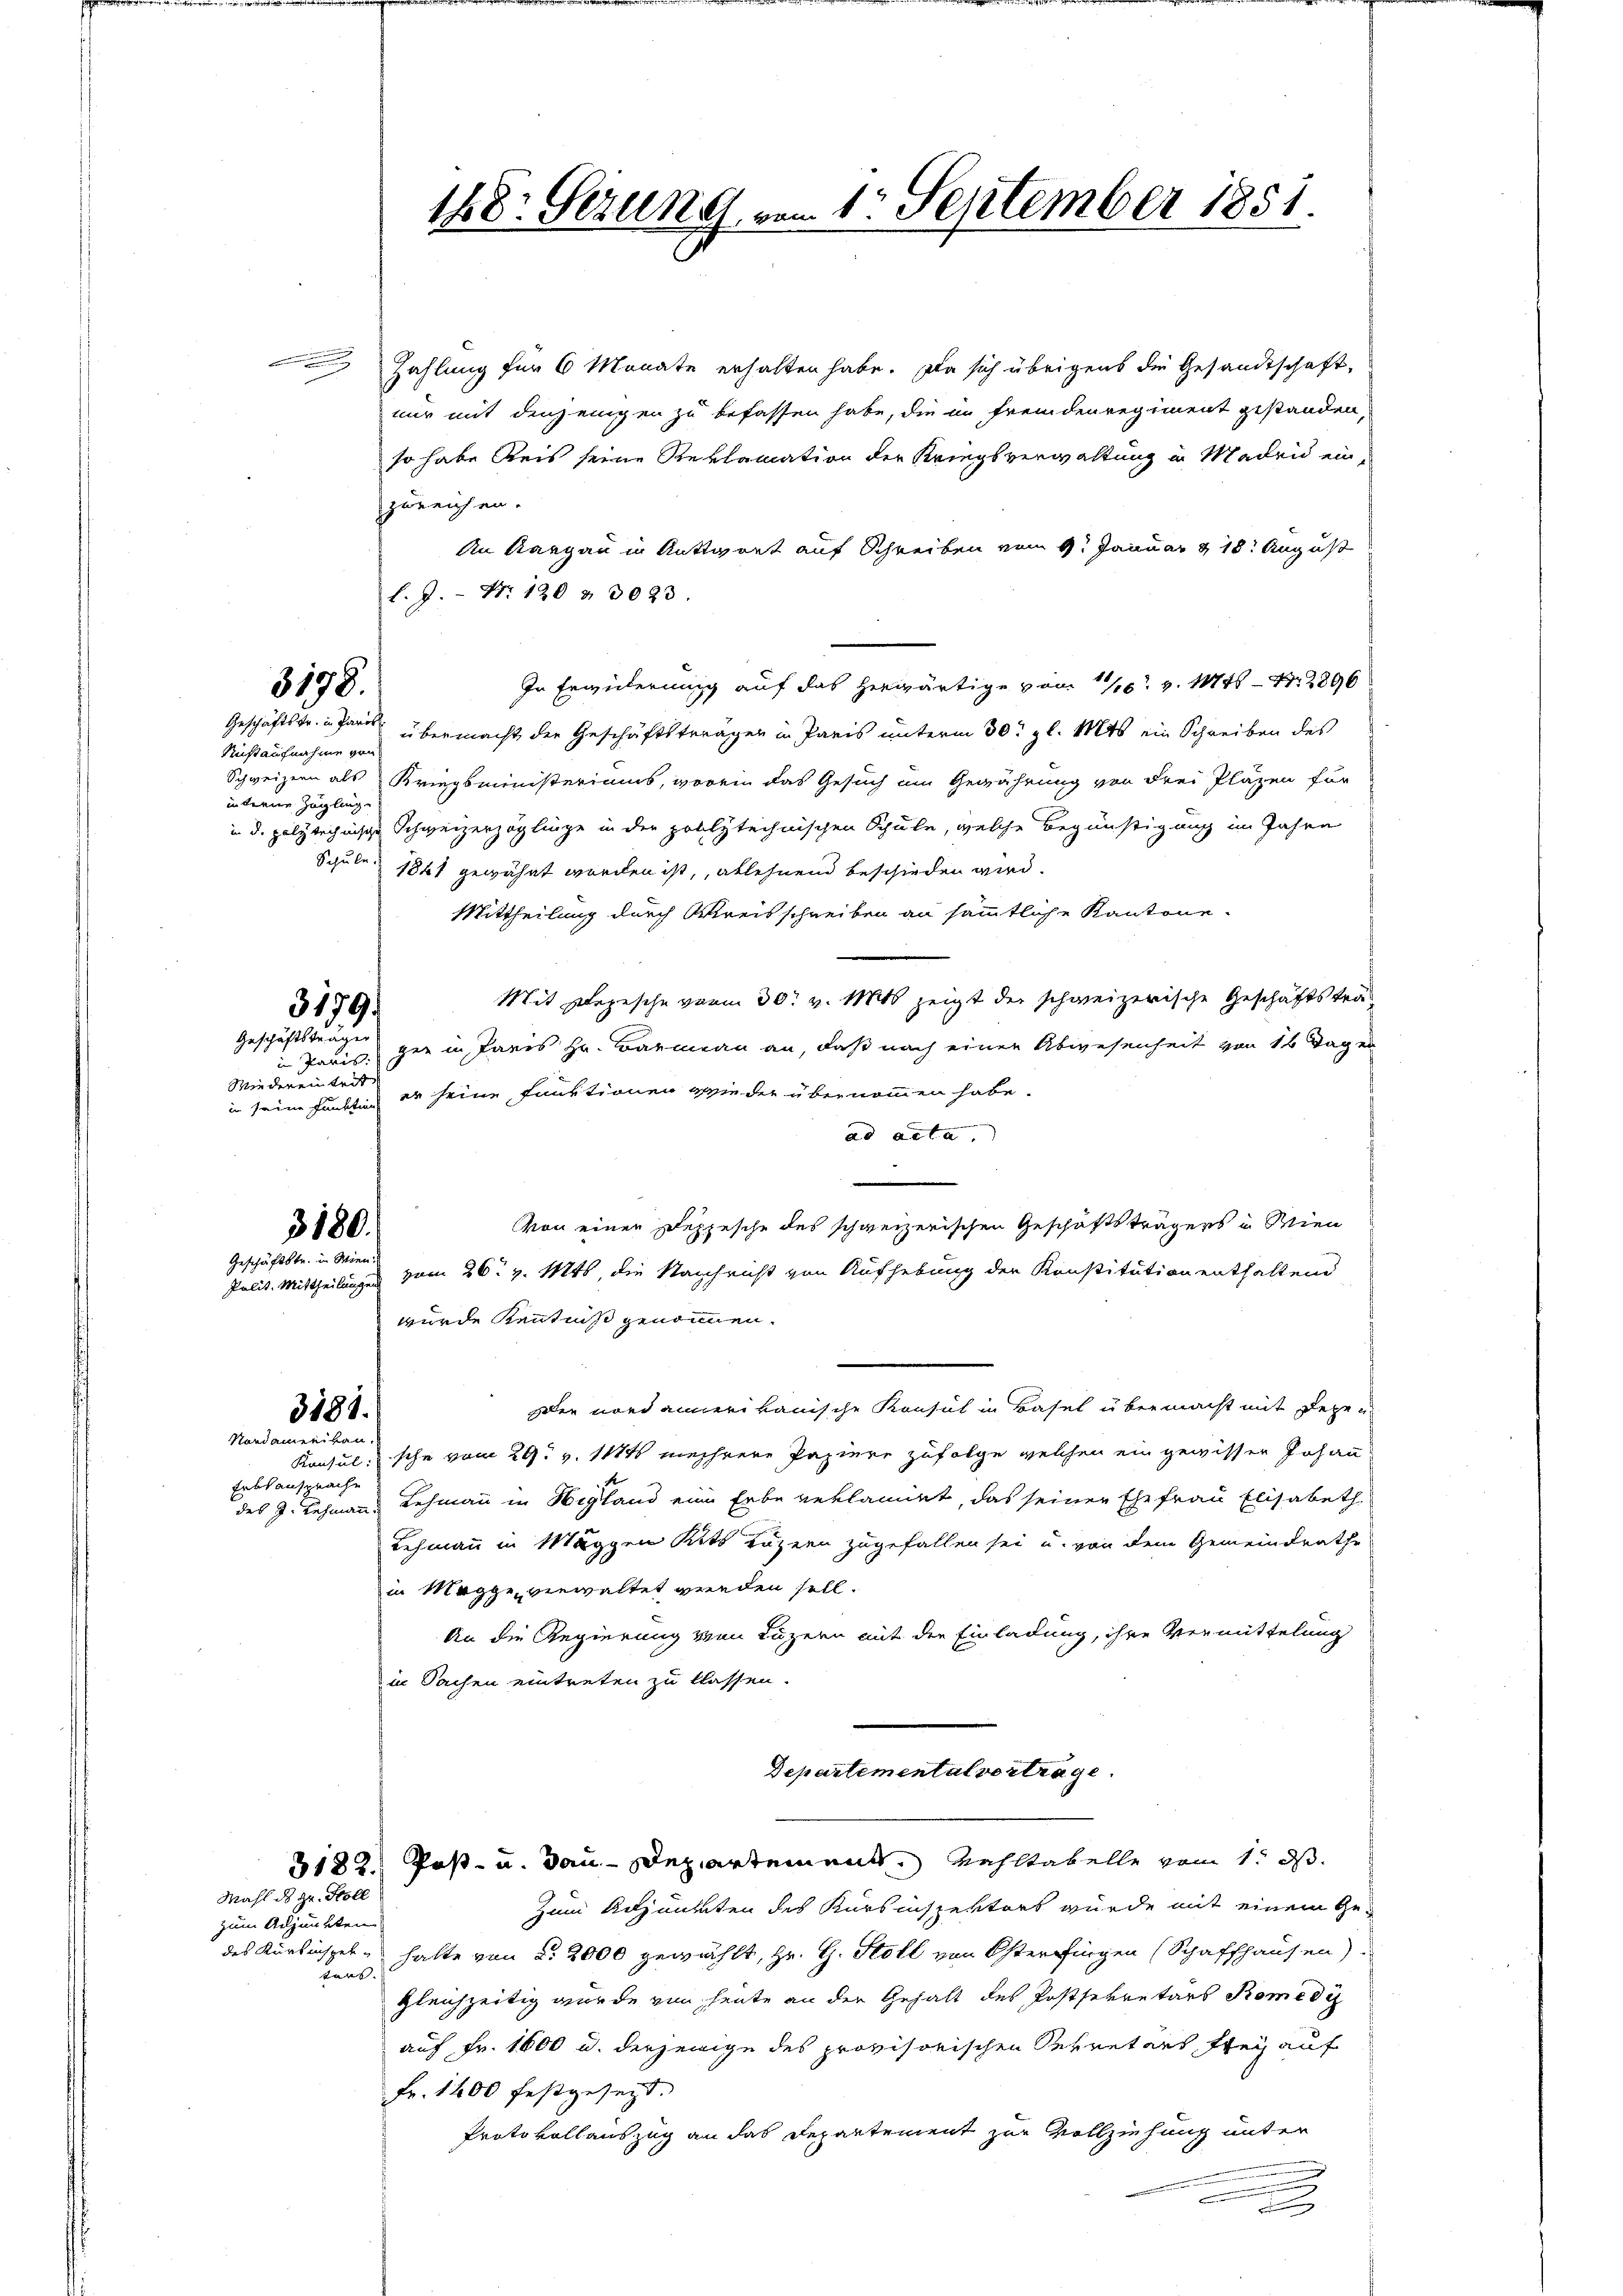
3198.

Nicht aufnahme von
Schweizern als
interner Zögling.

Zahlung für 6 Monate erhalten habe. Da sich übrigens die Gesandtschaft,
nur mit denjenigen zu befassen habe, die in fremdenregiment gestanden,
so habe Reis seine Reklamation der Kriegsverwaltung in Madrid einzureichen.
An Aargau in Antwort auf Schreiben vom 9. Januar 18. August
l. J. Nr. 120 & 3023.
In Erweiterung auf das herwärtige vom 11. v. 1446 - N. 2896
Geschäftstr. in Paur übermacht der Geschäftsträger in Paris unterm 30. gl. Mts ein Schreiben des
Kriegsministeriums, worin das Gesuch um Gewährung von drei Pläzen für
in d. polytechnische Schweizerzöglinge in der polytechnischen Schule, welche Begünstigung im Jahre
Schule 1861 gewähnt worden ist, ablehnend beschieden wird.
Mittheilung durch Kreisschreiben an sämmtliche Kantone.
Mit Depesche vom 30. v. Mitt zeigt der schweizerische Geschäftstra
in Paris gen in Paris Hr. Barmann an, daß nach einer Abwesenheit von 14 Tages
in seine Haubten er seine Funktionen wieder übernommen habe.
ad acta
von einen Depesche des schweizerischen Geschäftsträgers in Wien
Polit. Mittheilungen vom 26. v. Mts, die Nachricht von Aufhebung der Konstitution enthaltend
wurde Kenntniß genomen.
Ien nord anner kanische Konsul in Basel übermacht mit Regen
3181.
Nordamerikan.
Konsul sche vom 29. v. 1124 mehrere Papiere zufolge welchen ein gewissen Johann
Erbsansprache
des J. Lehmann Lehmann in Wegland eine Erbe verlangt, das seiner Ehefrau Elisabeth
Lehmann in Mäggen Kits Luzern zugefallen sei u. von dem Gemeindrathe
in Magge verwaltet werden soll.
An die Regierung von Luzern mit den Einladung, ihre Vermittelung
in Sachen eintreten zu klassen.
Departementalvertrage.
3182. Post- u. Bau-Departement. Wohltabelle vom 1. ds.
Mahl des zu Holl
zum Adjunkten des Kursinspektors wurde mit einem Gezum Adjunkten
des Kärlinspel, halte von §. 2000 gewählt, Hr. G. Stoll von Österfingen (Schaffhausen).
tent. |
gleichzeitig wurde von heute an der Gehalt des Postsekretärs Romediz
auf Fr. 1600 u. derjenige des provisorischen Sekretärs frey auf
fr. 1400 festgesezt.
Protokollauszug an das Departement zur Vollziehung unter
d

Wiedereintrit

3180.
Geschäftstr. in Wien.

3179.
Geschäftsträger

188: Sezung vom 1. September 1851.